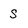
Character: S